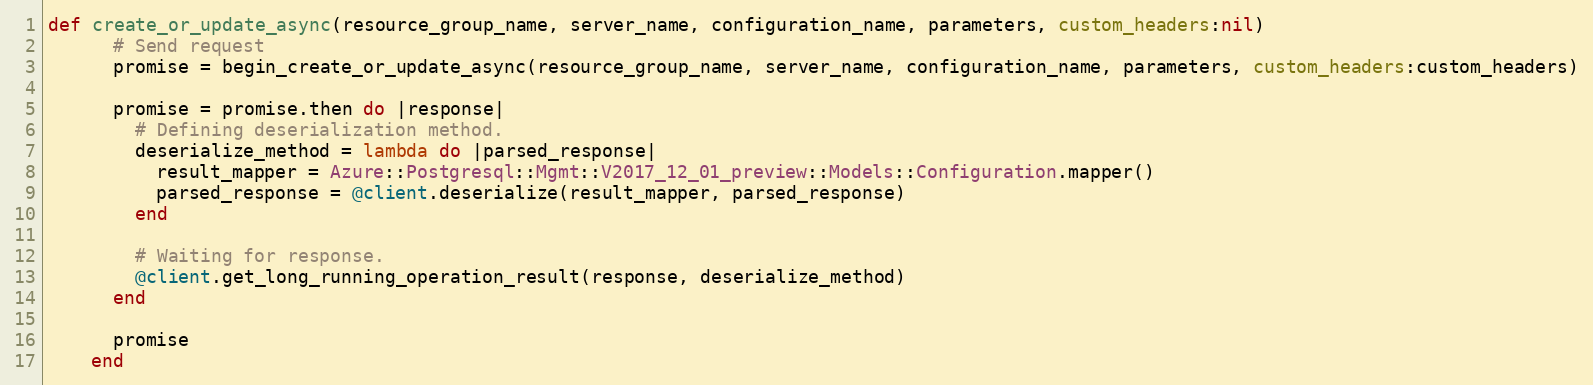
Language: Ruby
def create_or_update_async(resource_group_name, server_name, configuration_name, parameters, custom_headers:nil)
      # Send request
      promise = begin_create_or_update_async(resource_group_name, server_name, configuration_name, parameters, custom_headers:custom_headers)

      promise = promise.then do |response|
        # Defining deserialization method.
        deserialize_method = lambda do |parsed_response|
          result_mapper = Azure::Postgresql::Mgmt::V2017_12_01_preview::Models::Configuration.mapper()
          parsed_response = @client.deserialize(result_mapper, parsed_response)
        end

        # Waiting for response.
        @client.get_long_running_operation_result(response, deserialize_method)
      end

      promise
    end